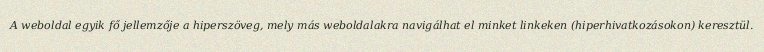
A weboldal egyik fő jellemzője a hiperszöveg, mely más weboldalakra navigálhat el minket linkeken (hiperhivatkozásokon) keresztül.